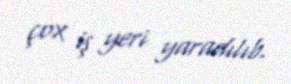
çox iş yeri yaradılıb.